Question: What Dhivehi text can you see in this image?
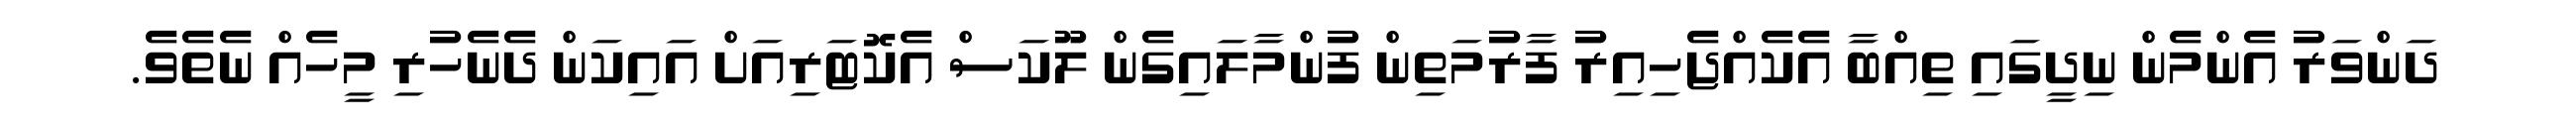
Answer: ދަންވަރު އެންމެން ނިދީގައި ތިއްބާ އެކެއްޖެހިއިރު ފާރުމަތިން ފުންމާލައިގެން ލޫކަސް އެކޮޓަރިއަށް އައިކަން ދެނެހުރި މީހެއް ނެތެވެ.